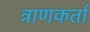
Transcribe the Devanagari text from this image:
त्राणकर्ता